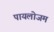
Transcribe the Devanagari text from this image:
पायलोजम